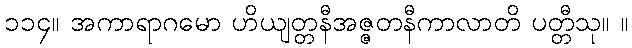
၁၁၄။ အကာရာဂမော ဟိယျတ္တနီအဇ္ဇတနီကာလာတိ ပတ္တီသု။ ။